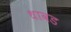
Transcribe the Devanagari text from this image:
धावड